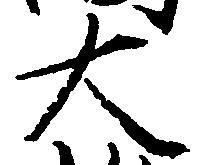
大